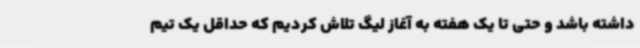
داشته باشد و حتی تا یک هفته به آغاز لیگ تلاش کردیم که حداقل یک تیم